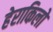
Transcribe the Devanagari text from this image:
हेराकिलो